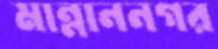
মান্নাননগর